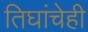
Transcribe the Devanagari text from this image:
तिघांचेही